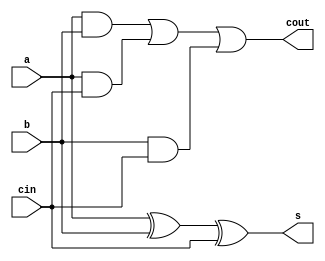
// This program was cloned from: https://github.com/paollacq/Verilog
// License: MIT License

/**************************************************
 P1.1 FULL ADDER STRUCTURAL
 ************************************************/

 module full_adder_st(s, cout, a, b, cin); 
 	input a, b, cin;
 	output s, cout;

 	wire n1,n2,n3;

 	xor xor1(s,a,b,cin);
 	and and1(n1,a,b);
 	and and2(n2,a,cin);
 	and and3(n3,b,cin);
 	or or1(cout,n1,n2,n3);

 endmodule